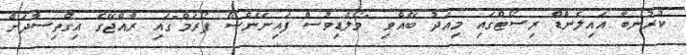
ކުރުނބާ އައިލެންޑް ރިސޯޓްގައި މިއަދު ބޭއްވި "މޯލްޑިވުސް ފައިނޭންސް ފޯރަމް"ގައި ރާއްޖޭގެ އިގްތިސާދަށް